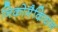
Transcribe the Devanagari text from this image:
निकोमैकियन